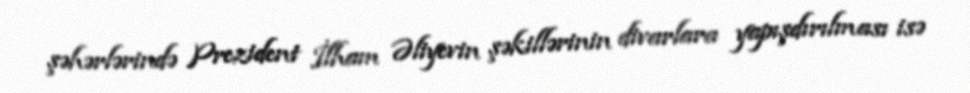
şəhərlərində Prezident İlham Əliyevin şəkillərinin divarlara yapışdırılması isə